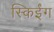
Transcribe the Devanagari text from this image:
स्किईंग